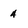
Character: 4